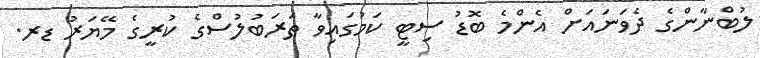
ލުބްނާންގެ ދެވަނައަށް އެންމެ ބޮޑު ސިޓީ ކަމުގައިވާ ޠަރަބުލުސްގެ ކުރީގެ މޭޔަރު ޑރ.